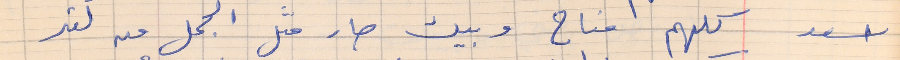
اسعد        كلمهم مناح وبيك صار متل الجمل من كتر